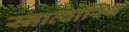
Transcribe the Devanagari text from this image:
स्नात्वास्थि